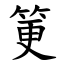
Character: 筻